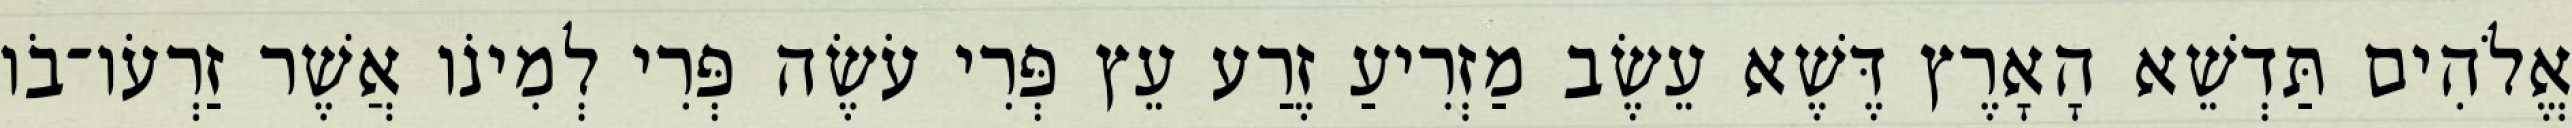
אֱלֹהִים תַּדְשֵׁא הָאָרֶץ דֶּשֶׁא עֵשֶׂב מַזְרִיעַ זֶרַע עֵץ פְּרִי עֹשֶׂה פְּרִי לְמִינֹו אֲשֶׁר זַרְעֹו־בֹו